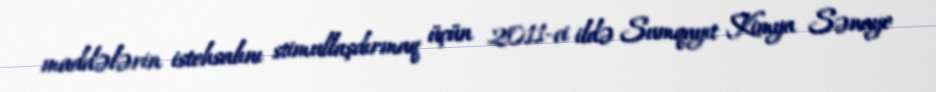
maddələrin istehsalını stimullaşdırmaq üçün 2011-ci ildə Sumqayıt Kimya Sənaye